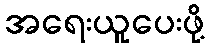
အရေးယူပေးဖို့